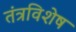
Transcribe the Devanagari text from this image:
तंत्रविशेष